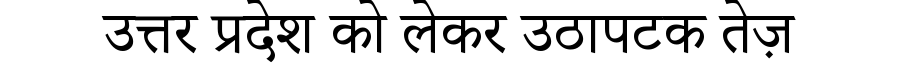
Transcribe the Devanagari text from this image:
उत्तर प्रदेश को लेकर उठापटक तेज़